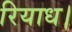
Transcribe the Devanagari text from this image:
रियाध।